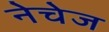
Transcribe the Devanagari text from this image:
नेचेज